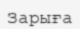
Зарыға